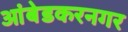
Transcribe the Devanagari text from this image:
आंबेडकरनगर